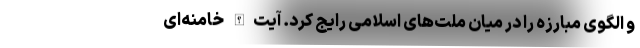
و الگوی مبارزه را در میان ملت‌های اسلامی رایج کرد. آیت‌الله خامنه‌ای